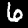
Label: 6